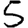
Digit: 5